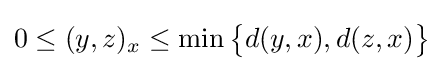
0\leq (y,z)_{x}\leq \min {\big \{}d(y,x),d(z,x){\big \}}